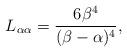
LaTeX: \begin{align*} L_{\alpha \alpha} = \dfrac{6 \beta^4}{(\beta - \alpha)^4}, \end{align*}